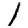
Digit: 1